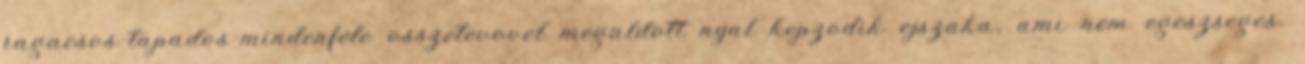
ragacsos-tapados-mindenfele osszetevovel megaldott nyal kepzodik ejszaka, ami nem egeszseges.